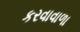
કરવાવાળા